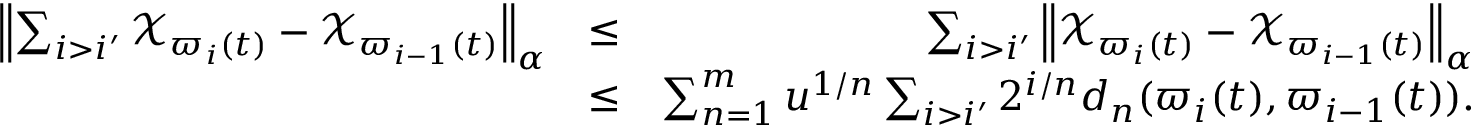
\begin{array} { r l r } { \left\Vert \sum _ { i > i ^ { \prime } } \mathcal { X } _ { \varpi _ { i } ( t ) } - \mathcal { X } _ { \varpi _ { i - 1 } ( t ) } \right\Vert _ { \alpha } } & { \leq } & { \sum _ { i > i ^ { \prime } } \left\Vert \mathcal { X } _ { \varpi _ { i } ( t ) } - \mathcal { X } _ { \varpi _ { i - 1 } ( t ) } \right\Vert _ { \alpha } } \\ & { \leq } & { \sum _ { n = 1 } ^ { m } u ^ { 1 / n } \sum _ { i > i ^ { \prime } } 2 ^ { i / n } d _ { n } ( \varpi _ { i } ( t ) , \varpi _ { i - 1 } ( t ) ) . } \end{array}